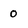
Character: 0